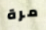
مرة